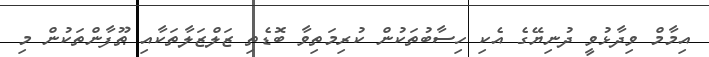
އިމާމް ވިދާޅުވީ ދުނިޔޭގެ އެކި ހިސާބުތަކުން ކުރިމަތިވާ ބޮޑެތި ޒަލްޒަލާތަކާއި ޠޫފާންތަކުން މި